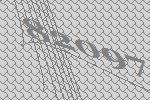
82097